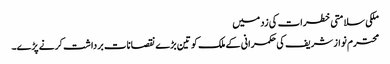
ملکی سلامتی خطرات کی زد میں
محترم نواز شریف کی حکمرانی کے ملک کو تین بڑے نقصانات برداشت کرنے پڑے۔